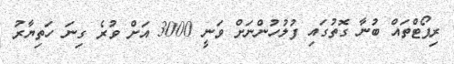
ރިޕޯޓްތައް ބުނާ ގޮތުގައި ފުލުހުންނަށް ވަނީ 3000 އަށް ވުރެ ގިނަ ހަތިޔާރު